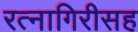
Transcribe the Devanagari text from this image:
रत्नागिरीसह